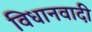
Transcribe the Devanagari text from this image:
विधानवादी